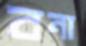
বনা